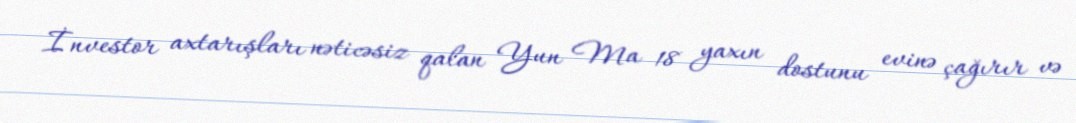
İnvestor axtarışları nəticəsiz qalan Yun Ma 18 yaxın dostunu evinə çağırır və